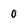
Character: 0